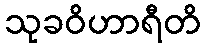
သုခဝိဟာရီတိ